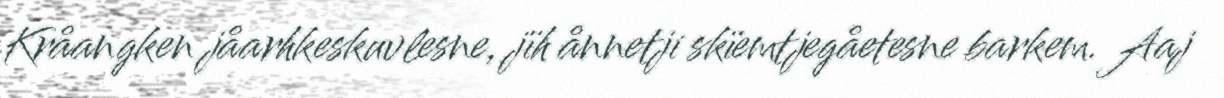
Kråangken jåarhkeskuvlesne, jïh ånnetji skïemtjegåetesne barkem. Aaj